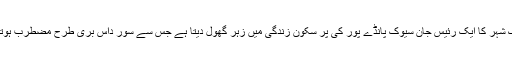
اچانک شہر کا ایک رئیس جان سیوک پانڈے پور کی پُر سکون زندگی میں زہر گھول دیتا ہے جس سے سور داس بُری طرح مضطرب ہوتا ہے۔